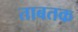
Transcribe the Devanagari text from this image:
ताबतक